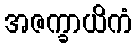
အဇက္ခာယိကံ